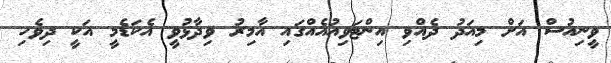
ވީނިއުސް އަށް މިއަދު ދެއްވި އިންޓަވިއުއެއްގައި އާމިރު ވިދާޅުވީ އެކަޑެމީ އަކީ ދިވެހި